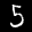
Label: 5